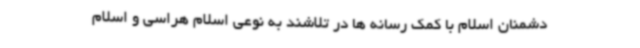
دشمنان اسلام با کمک رسانه ها در تلاشند به نوعی اسلام هراسی و اسلام